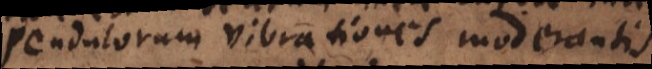
pendulorum vibrationes moderantis.